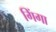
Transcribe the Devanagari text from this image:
गिंगा